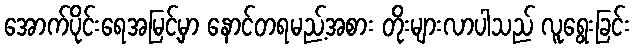
အောက်ပိုင်းရေအမြင့်မှာ နောင်တရမည့်အစား တိုးများလာပါသည် လူရွေးခြင်း